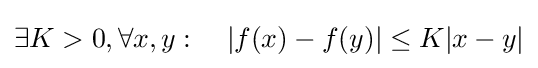
\exists K>0,\forall x,y:\quad |f(x)-f(y)|\leq K|x-y|